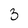
Character: 3